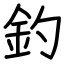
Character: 釣